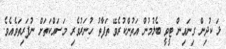
ޅަ ކުދިން ގިނައިން ޓީވީ ބެލުމުން އަތުންކުރެވޭ ތަފާތު ހުނަރުވެރި މަސައްކަތަށް ނުފަރިތަވެއެވެ.